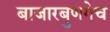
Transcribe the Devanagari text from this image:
बाजारबुणगेच